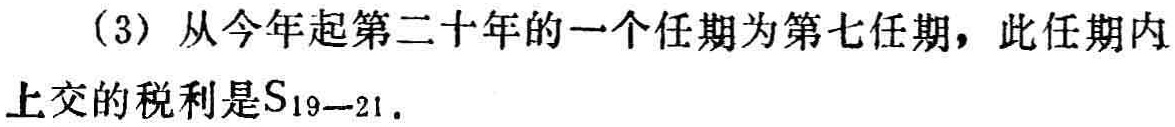
(3) 从今年起第二十年的一个任期为第七任期，此任期内上交的税利是\(S_{19 - 21}\).